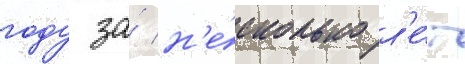
году за́ н'е́сколько л'е́т